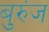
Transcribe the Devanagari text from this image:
बुरुंज